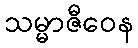
သမ္မာဇီဝေန